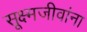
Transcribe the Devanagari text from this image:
सूक्ष्मजीवांना